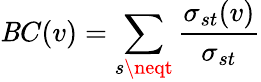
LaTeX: \mathit{B}C(v)=\sum_{s\neqt}\frac{{\sigma_{st}(v)}}{{\sigma_{st}}}